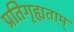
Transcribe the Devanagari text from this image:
प्रतिगृह्यताम्